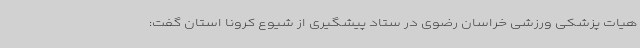
هیات پزشکی ورزشی خراسان رضوی در ستاد پیشگیری از شیوع کرونا استان گفت: